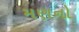
મણનો